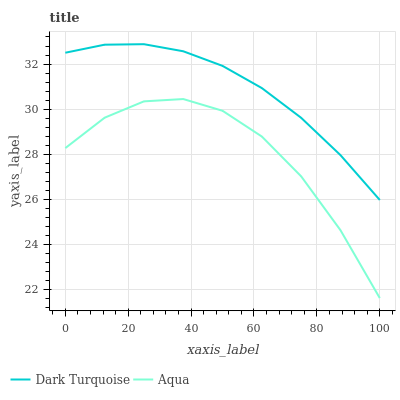
| xaxis_label | Dark Turquoise | Aqua |
 | --- | --- | --- |
 | 0 | 32.5 | 28.3 |
 | 12.5 | 32.9 | 29.6 |
 | 25 | 32.9 | 30.3 |
 | 37.5 | 32.6 | 30.4 |
 | 50 | 31.9 | 29.9 |
 | 62.5 | 30.9 | 28.8 |
 | 75 | 29.6 | 27 |
 | 87.5 | 28 | 24.6 |
 | 100 | 26 | 21.6 |